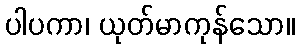
ပါပကာ၊ ယုတ်မာကုန်သော။